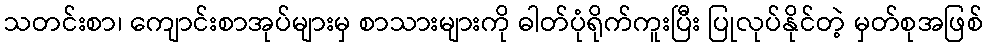
သတင်းစာ၊ ကျောင်းစာအုပ်များမှ စာသားများကို ဓါတ်ပုံရိုက်ကူးပြီး ပြုလုပ်နိုင်တဲ့ မှတ်စုအဖြစ်